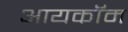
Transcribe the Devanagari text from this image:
आयकॉम